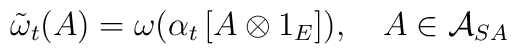
\tilde{\omega}_{t}(A)=\omega (\alpha _{t}\left[ A\otimes 1_{E}\right]),\quad A\in \mathcal{A}_{SA}